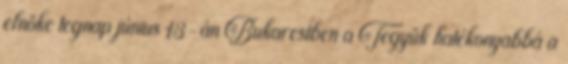
elnöke tegnap június 13-án Bukarestben a Tegyük hatékonyabbá a